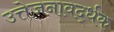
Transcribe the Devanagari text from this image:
उत्तेजनावर्द्धक